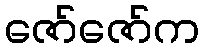
ဇော်ဇော်က